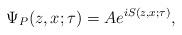
LaTeX: \begin{align*}\Psi _{P}(z,x;\tau )=Ae^{iS(z,x;\tau )}, \end{align*}